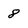
Character: 8